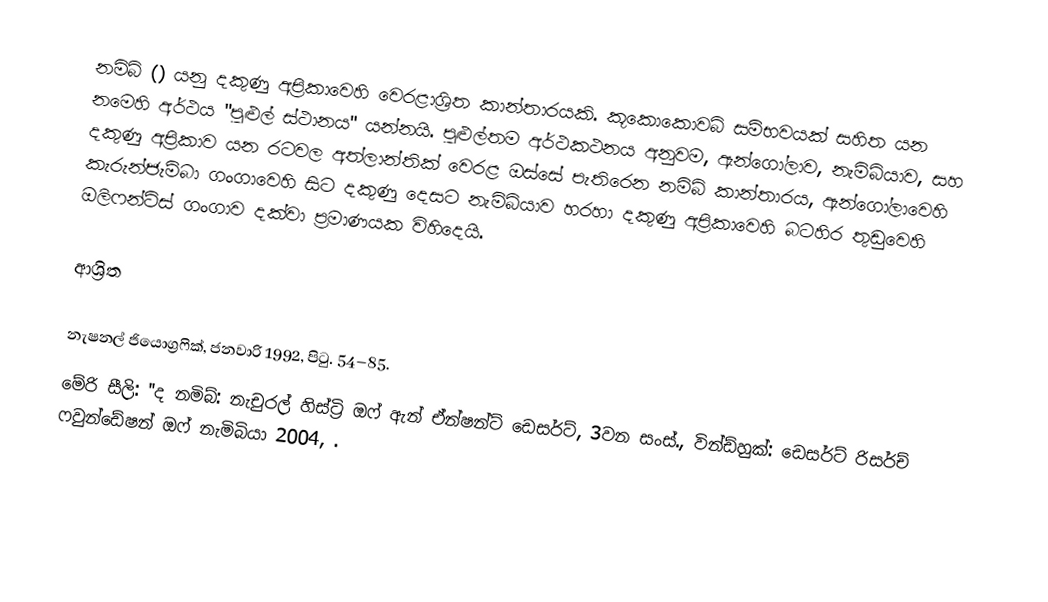
නමිබ් () යනු දකුණු අප්‍රිකාවෙහි වෙරළාශ්‍රිත කාන්තාරයකි. කූකොකොවබ් සම්භවයක් සහිත  යන නමෙහි අර්ථය "පුළුල් ස්ථානය" යන්නයි. පුළුල්තම අර්ථකථනය අනුවම, ඇන්ගෝලාව, නැමිබියාව, සහ දකුණු අප්‍රිකාව යන රටවල අත්ලාන්තික් වෙරළ ඔස්සේ පැතිරෙන නමිබ් කාන්තාරය, ඇන්ගෝලාවෙහි කැරුන්ජැම්බා ගංගාවෙහි සිට දකුණු දෙසට නැමිබියාව හරහා දකුණු අප්‍රිකාවෙහි බටහිර තුඩුවෙහි ඔලිෆන්ට්ස් ගංගාව දක්වා  ප්‍රමාණයක විහිදෙයි.

ආශ්‍රිත

 නැෂනල් ජියොග්‍රෆික්, ජනවාරි 1992, පිටු. 54–85.
 මේරි සීලි: ''ද නමිබ්: නැචුරල් හිස්ට්‍රි ඔෆ් ඇන් ඒන්ෂන්ට් ඩෙසර්ට්, 3වන සංස්., වින්ඩ්හුක්: ඩෙසර්ට් රිසර්ච් ෆවුන්ඩේෂන් ඔෆ් නැමිබියා 2004, .